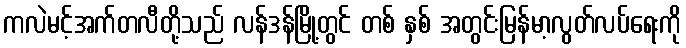
ကလဲမင့်အက်တလီတို့သည် လန်ဒန်မြို့တွင် တစ် နှစ် အတွင်းမြန်မာ့လွတ်လပ်ရေးကို